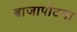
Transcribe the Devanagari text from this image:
बाजापोटना